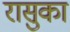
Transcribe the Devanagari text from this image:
रासुका